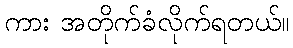
ကား အတိုက်ခံလိုက်ရတယ်။